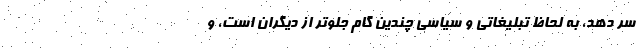
سر دهد، به لحاظ تبلیغاتی و سیاسی چندین گام جلوتر از دیگران است، و